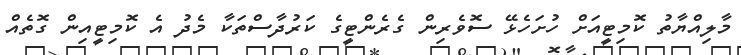
މާލިއްޔާތު ކޮމިޓީއަށް ހުށަހެޅޭ ސޮވެރިން ގެރެންޓީގެ ކަރުދާސްތަކާ މެދު އެ ކޮމިޓީއިން ގޮތެއް